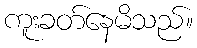
ကူးခတ်နေမိသည်။